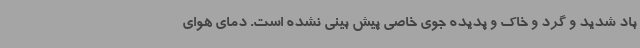
باد شدید و گرد و خاک و پدیده جوی خاصی پیش بینی نشده است. دمای هوای